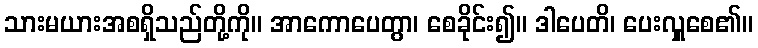
သားမယားအစရှိသည်တို့ကို။ အာကောပေတွာ၊ စေခိုင်း၍။ ဒါပေတိ၊ ပေးလှူစေ၏။